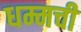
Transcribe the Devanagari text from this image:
धम्मची